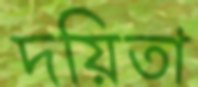
দয়িতা